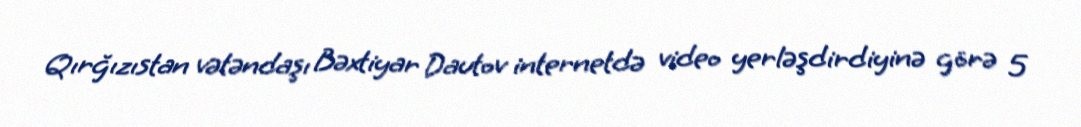
Qırğızıstan vətəndaşı Bəxtiyar Dautov internetdə video yerləşdirdiyinə görə 5